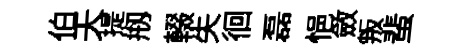
伯天提剏輟失徊磊悒斂叛蜚